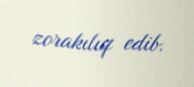
zorakılıq edib.